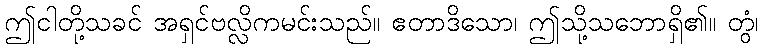
ဤငါတို့သခင် အရှင်ဗလ္လိကမင်းသည်။ ဧတာဒိသော၊ ဤသို့သဘောရှိ၏။ တွံ၊